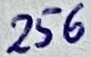
Text: 256